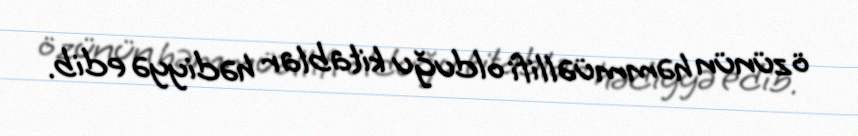
özünün həmmüəllifi olduğu kitablar hədiyyə edib.